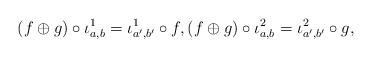
LaTeX: \begin{align*} (f\oplus g)\circ\iota^1_{a,b}=\iota^1_{a',b'}\circ f,(f\oplus g)\circ\iota^2_{a,b}=\iota^2_{a',b'}\circ g,\end{align*}